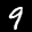
Label: 9